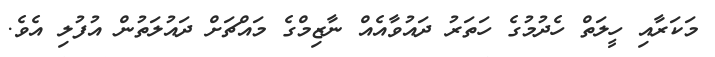
މަކަރާއި ހީލަތް ހެދުމުގެ ހަތަރު ދައުވާއެއް ނާޒިމްގެ މައްޗަށް ދައުލަތުން އުފުލި އެވެ.